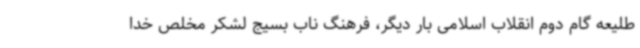
طلیعه گام دوم انقلاب اسلامی بار دیگر، فرهنگ ناب بسیج لشکر مخلص خدا